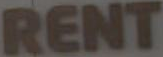
RENT